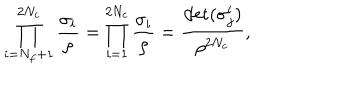
\prod _ { i = N _ { f } + 1 } ^ { 2 N _ { c } } \frac { \sigma _ { i } } { \rho } = \prod _ { i = 1 } ^ { 2 N _ { c } } \frac { \sigma _ { i } } { \rho } = \frac { \det ( \sigma _ { j } ^ { i } ) } { \rho ^ { 2 N _ { c } } } ,